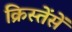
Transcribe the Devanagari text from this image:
क्रिस्तेंसें